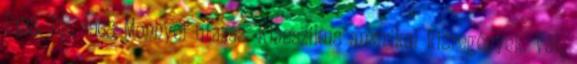
P138. Bp., 1968 Mennyei utazás. Klasszikus amerikai kisregények. Vál.,